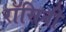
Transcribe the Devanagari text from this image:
रॉसिनी